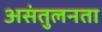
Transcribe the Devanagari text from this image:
असंतुलनता